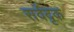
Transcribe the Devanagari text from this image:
सर्वदृक